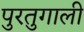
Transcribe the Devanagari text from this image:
पुरतुगाली